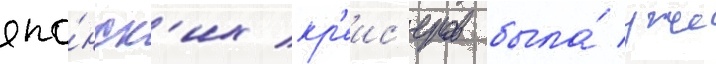
япо́нск'их кр'еис'еров была́ уже